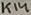
Text: K14